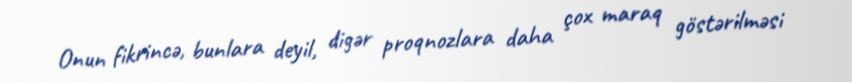
Onun fikrincə, bunlara deyil, digər proqnozlara daha çox maraq göstərilməsi